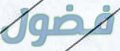
فضول